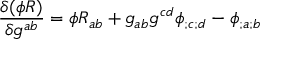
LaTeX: { \frac { \delta ( \phi R ) } { \delta g ^ { a b } } } = \phi R _ { a b } + g _ { a b } g ^ { c d } \phi _ { ; c ; d } - \phi _ { ; a ; b }